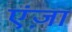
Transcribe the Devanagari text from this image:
एंज़ा